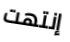
إنتهت